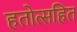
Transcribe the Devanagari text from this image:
हतोत्सहित